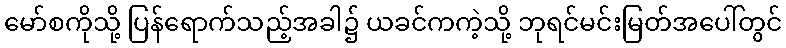
မော်စကိုသို့ ပြန်ရောက်သည့်အခါ၌ ယခင်ကကဲ့သို့ ဘုရင်မင်းမြတ်အပေါ်တွင်